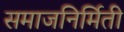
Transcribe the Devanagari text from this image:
समाजनिर्मिती